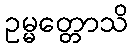
ဥမ္မတ္တောသိ